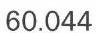
60.044